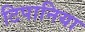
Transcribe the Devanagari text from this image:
टिपानिया